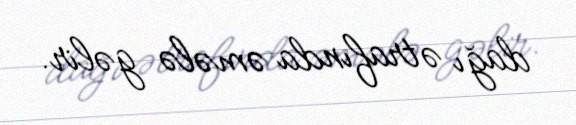
dağı ətrafında əmələ gəlir.